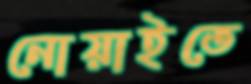
নোয়াইতে